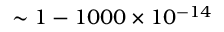
\sim 1 - 1 0 0 0 \times 1 0 ^ { - 1 4 }